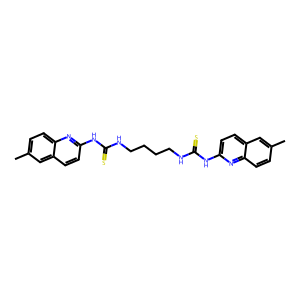
SMILES: Cc1ccc2nc(NC(=S)NCCCCNC(=S)Nc3ccc4cc(C)ccc4n3)ccc2c1
Inhibits HIV replication: No